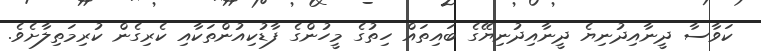
ކަވާސާ ދީނާއިދުނިޔެ ދީނާއިދުނިޔޭގެ ބައިތައް ހިތުގެ މީހުންގެ ފާޑުކިއުންތަކާއި ކެރިގެން ކުރިމަތިލާށެވެ.